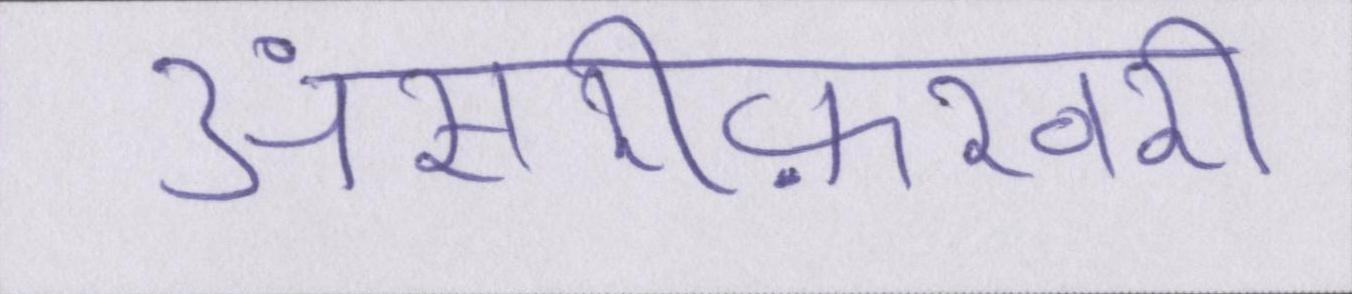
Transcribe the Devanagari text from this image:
अंसारीफ़रवरी